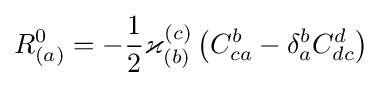
R_{(a)}^{0}=-{\frac {1}{2}}\varkappa _{(b)}^{(c)}\left(C_{ca}^{b}-\delta _{a}^{b}C_{dc}^{d}\right)